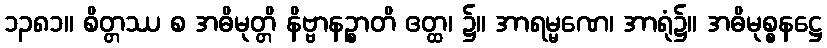
၁၃၈၁။ စိတ္တဿ စ အဓိမုတ္တိ နိဗ္ဗာနဉ္စာတိ ဧတ္ထ၊ ၌။ အာရမ္မဏေ၊ အာရုံ၌။ အဓိမုစ္စနဋ္ဌေ